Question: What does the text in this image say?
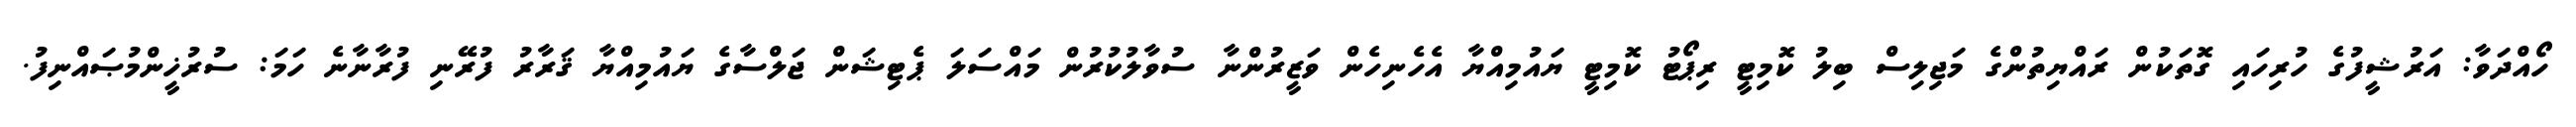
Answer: ހޯއްދަވާ: އަރުޝީފުގެ ހުރިހައި ގޮތަކުން ރައްޔިތުންގެ މަޖިލިސް ބިލު ކޮމިޓީ ރިޕޯޓު ކޮމިޓީ ޔައުމިއްޔާ އެހެނިހެން ވަޒީރުންނާ ސުވާލުކުރުން މައްސަލަ ޕެޓިޝަން ޖަލްސާގެ ޔައުމިއްޔާ ޤަރާރު ފުރޭނި ފުރާނާނެ ހަމަ: ސުރުޚީންމުޞައްނިފު.